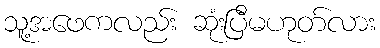
သူ့အဖေကလည်း ဆုံးပြီမဟုတ်လား